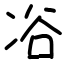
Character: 𠗖